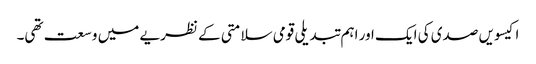
اکیسویں صدی کی ایک اور اہم تبدیلی قومی سلامتی کے نظریے میں وسعت تھی۔